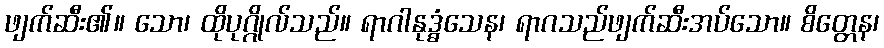
ဖျက်ဆီး၏။ သော၊ ထိုပုဂ္ဂိုလ်သည်။ ရာဂါနုဒ္ဓံသေန၊ ရာဂသည်ဖျက်ဆီးအပ်သော။ စိတ္တေန၊